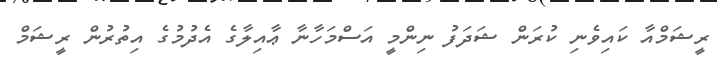
ރީޝަމްއާ ކައިވެނި ކުރަން ޝަދަފު ނިންމީ އަސްމަހާނާ ޢާއިލާގެ އެދުމުގެ އިތުރުން ރީޝަމް